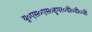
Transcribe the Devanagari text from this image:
यू०एस०एस०हूपर०डी०डी०जी